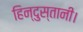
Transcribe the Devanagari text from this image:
हिन्दुस्तानी।